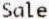
SALE